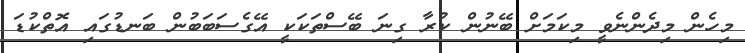
މިހެން މިދެންނެވީ މިކަމަށް ބޭނުން ކުރާ ގިނަ ބޭސްތަކަކީ އޭގެސަބަބުން ބަނޑުގައި އޮތްކުޑަ